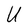
Character: U